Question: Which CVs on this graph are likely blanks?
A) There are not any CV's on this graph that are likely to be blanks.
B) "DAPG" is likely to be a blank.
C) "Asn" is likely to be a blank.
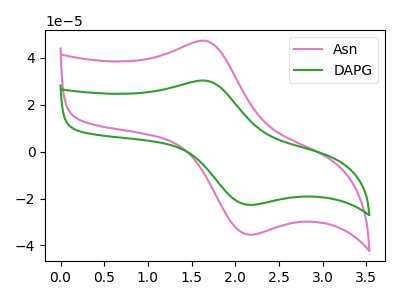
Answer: <think>The pink curve "Asn" has an anodic peak at (1.65V, 47.20uA) and a cathodic peak at (2.15V, -35.45uA). The green curve "DAPG" has an anodic peak at (1.65V, 30.25uA) and a cathodic peak at (2.15V, -22.70uA).</think>
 <answer>A) There are not any CV's on this graph that are likely to be blanks.</answer>
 <eval>A</eval>